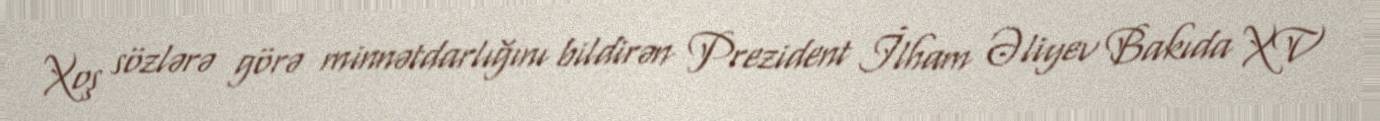
Xoş sözlərə görə minnətdarlığını bildirən Prezident İlham Əliyev Bakıda XV